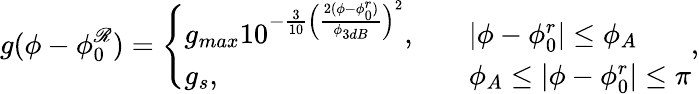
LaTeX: g(\phi-\phi_{0}^{\mathscr{R}})=\left\{ \begin{array}{ll}{g_{max}10^{-\frac{3}{10}\Big(\frac{2(\phi-\phi_{0}^{r})}{\phi_{3dB}}\Big)^{2}},}&{\quad|\phi-\phi_{0}^{r}|\leq\phi_{A}}\\ {g_{s},}&{\quad\phi_{A}\leq|\phi-\phi_{0}^{r}|\leq\pi}\end{array}\right.,